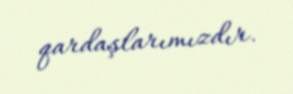
qardaşlarımızdır.